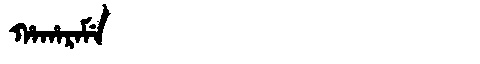
Manchu: ᡥᠠᡥᠠᡵᠠᠮᡝ
Romanization: HAHARAME